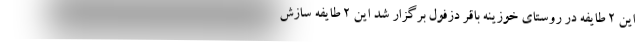
این ۲ طایفه در روستای خوزینه باقر دزفول برگزار شد این ۲ طایفه سازش